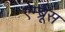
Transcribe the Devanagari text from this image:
ऐम्ब्रूस